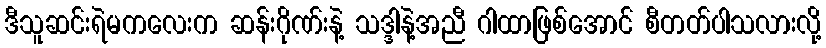
ဒီသူဆင်းရဲမကလေးက ဆန်းဂိုဏ်းနဲ့ သဒ္ဒါနဲ့အညီ ဂါထာဖြစ်အောင် စီတတ်ပါသလားလို့